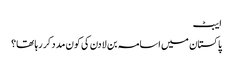
ایبٹ
پاکستان میں اسامہ بن لادن کی کون مدد کر رہا تھا؟